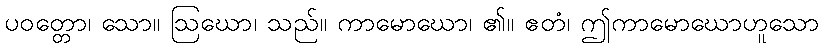
ပဝတ္တော၊ သော။ ဩဃော၊ သည်။ ကာမောဃော၊ ၏။ ဧတံ၊ ဤကာမောဃောဟူသော